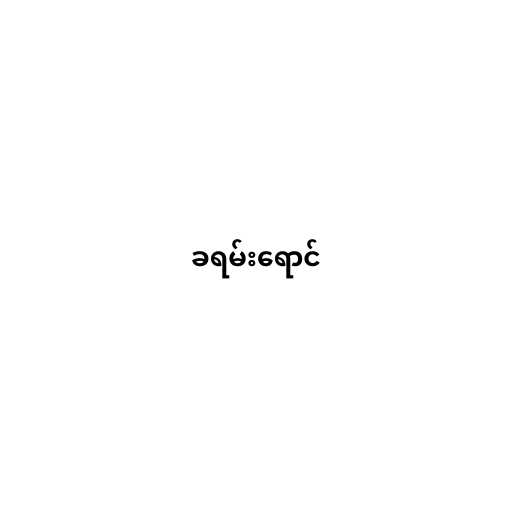
ခရမ်းရောင်